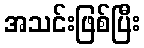
အသင်းဖြစ်ပြီး